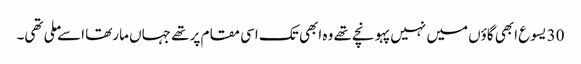
30 یسوع ابھی گاؤں میں نہیں پہونچے تھے وہ ابھی تک اسی مقام پر تھے جہاں مارتھا اسے ملی تھی۔